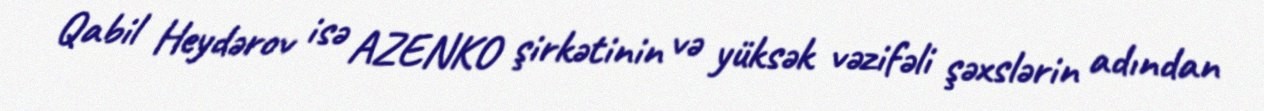
Qabil Heydərov isə AZENKO şirkətinin və yüksək vəzifəli şəxslərin adından